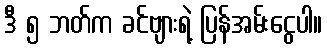
ဒီ ၅ ဘတ်က ခင်ဗျားရဲ့ ပြန်အမ်းငွေပါ။